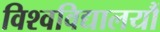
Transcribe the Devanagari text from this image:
विश्वविद्यालयौं